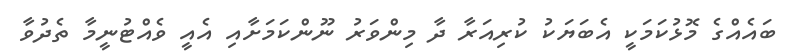
ބައެއްގެ މޮޅުކަމަކީ އެބަޔަކު ކުރިއަރާ ދާ މިންވަރު ނޫންކަމަށާއި އެއީ ވެއްޓުނީމާ ތެދުވާ